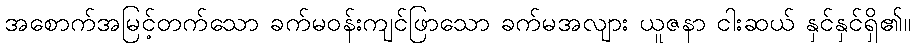
အစောက်အမြင့်တက်သော ခက်မဝန်းကျင်ဖြာသော ခက်မအလျား ယူဇနာ ငါးဆယ် နှင်နှင်ရှိ၏။